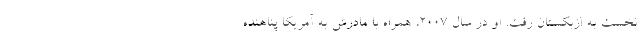
نخست به ازبکستان رفت. او در سال ۲۰۰۷، همراه با مادرش به آمریکا پناهنده